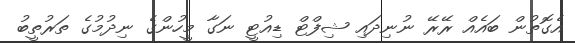
އެގޮތުން ބައެއް ރޭރޭ ނުނިދައި ޝިފްޓް ޑިއުޓީ ނަގާ މީހުންގެ ނިދުމުގެ ތަރުތީބު